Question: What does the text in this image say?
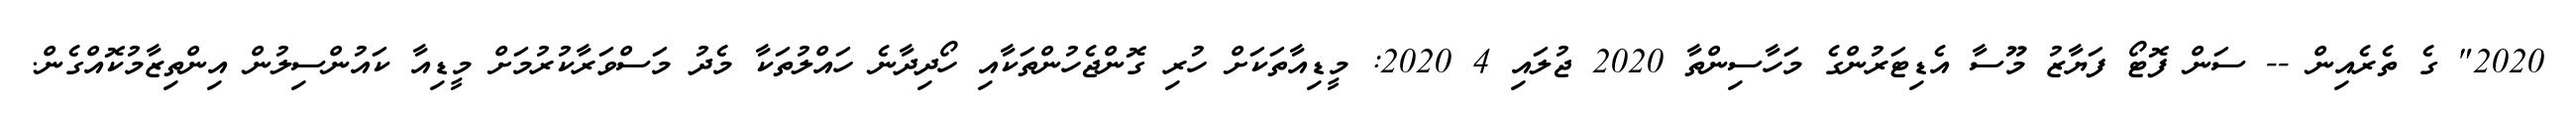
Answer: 2020" ގެ ތެރެއިން -- ސަން ފޮޓޯ ފަޔާޒު މޫސާ އެޑިޓަރުންގެ މަހާސިންތާ 2020 ޖުލައި 4 2020: މީޑިއާތަކަށް ހުރި ގޮންޖެހުންތަކާއި ހޯދިދާނެ ހައްލުތަކާ މެދު މަސްވަރާކުރުމަށް މީޑިއާ ކައުންސިލުން އިންތިޒާމުކޮއްގެން.